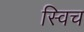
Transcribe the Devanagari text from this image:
स्‍विच